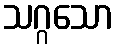
သဂ္ဂသော